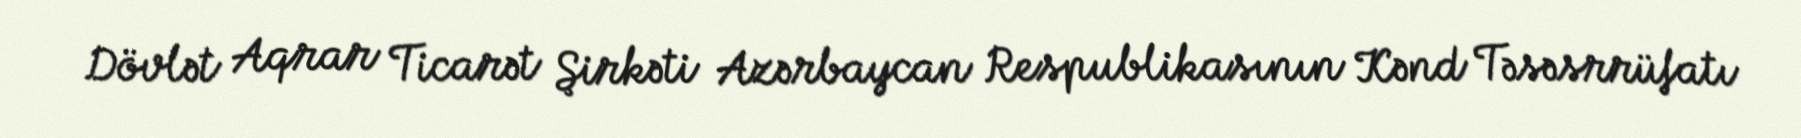
Dövlət Aqrar Ticarət Şirkəti Azərbaycan Respublikasının Kənd Təsəsrrüfatı